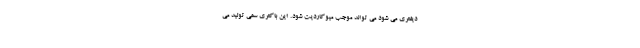
دیفتری می شود می تواند موجب میوکاردیت شود. این باکتری سمی تولید می